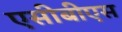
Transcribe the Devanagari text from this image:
एसीबीएस